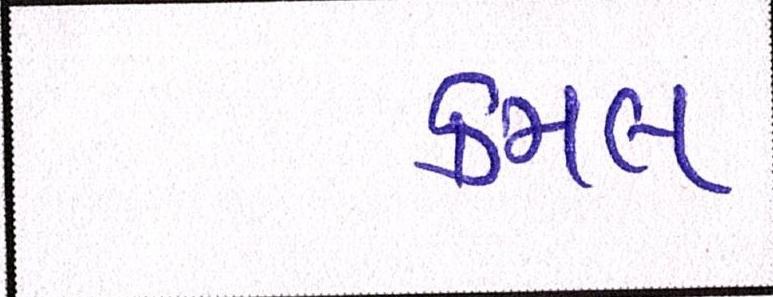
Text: કમલ